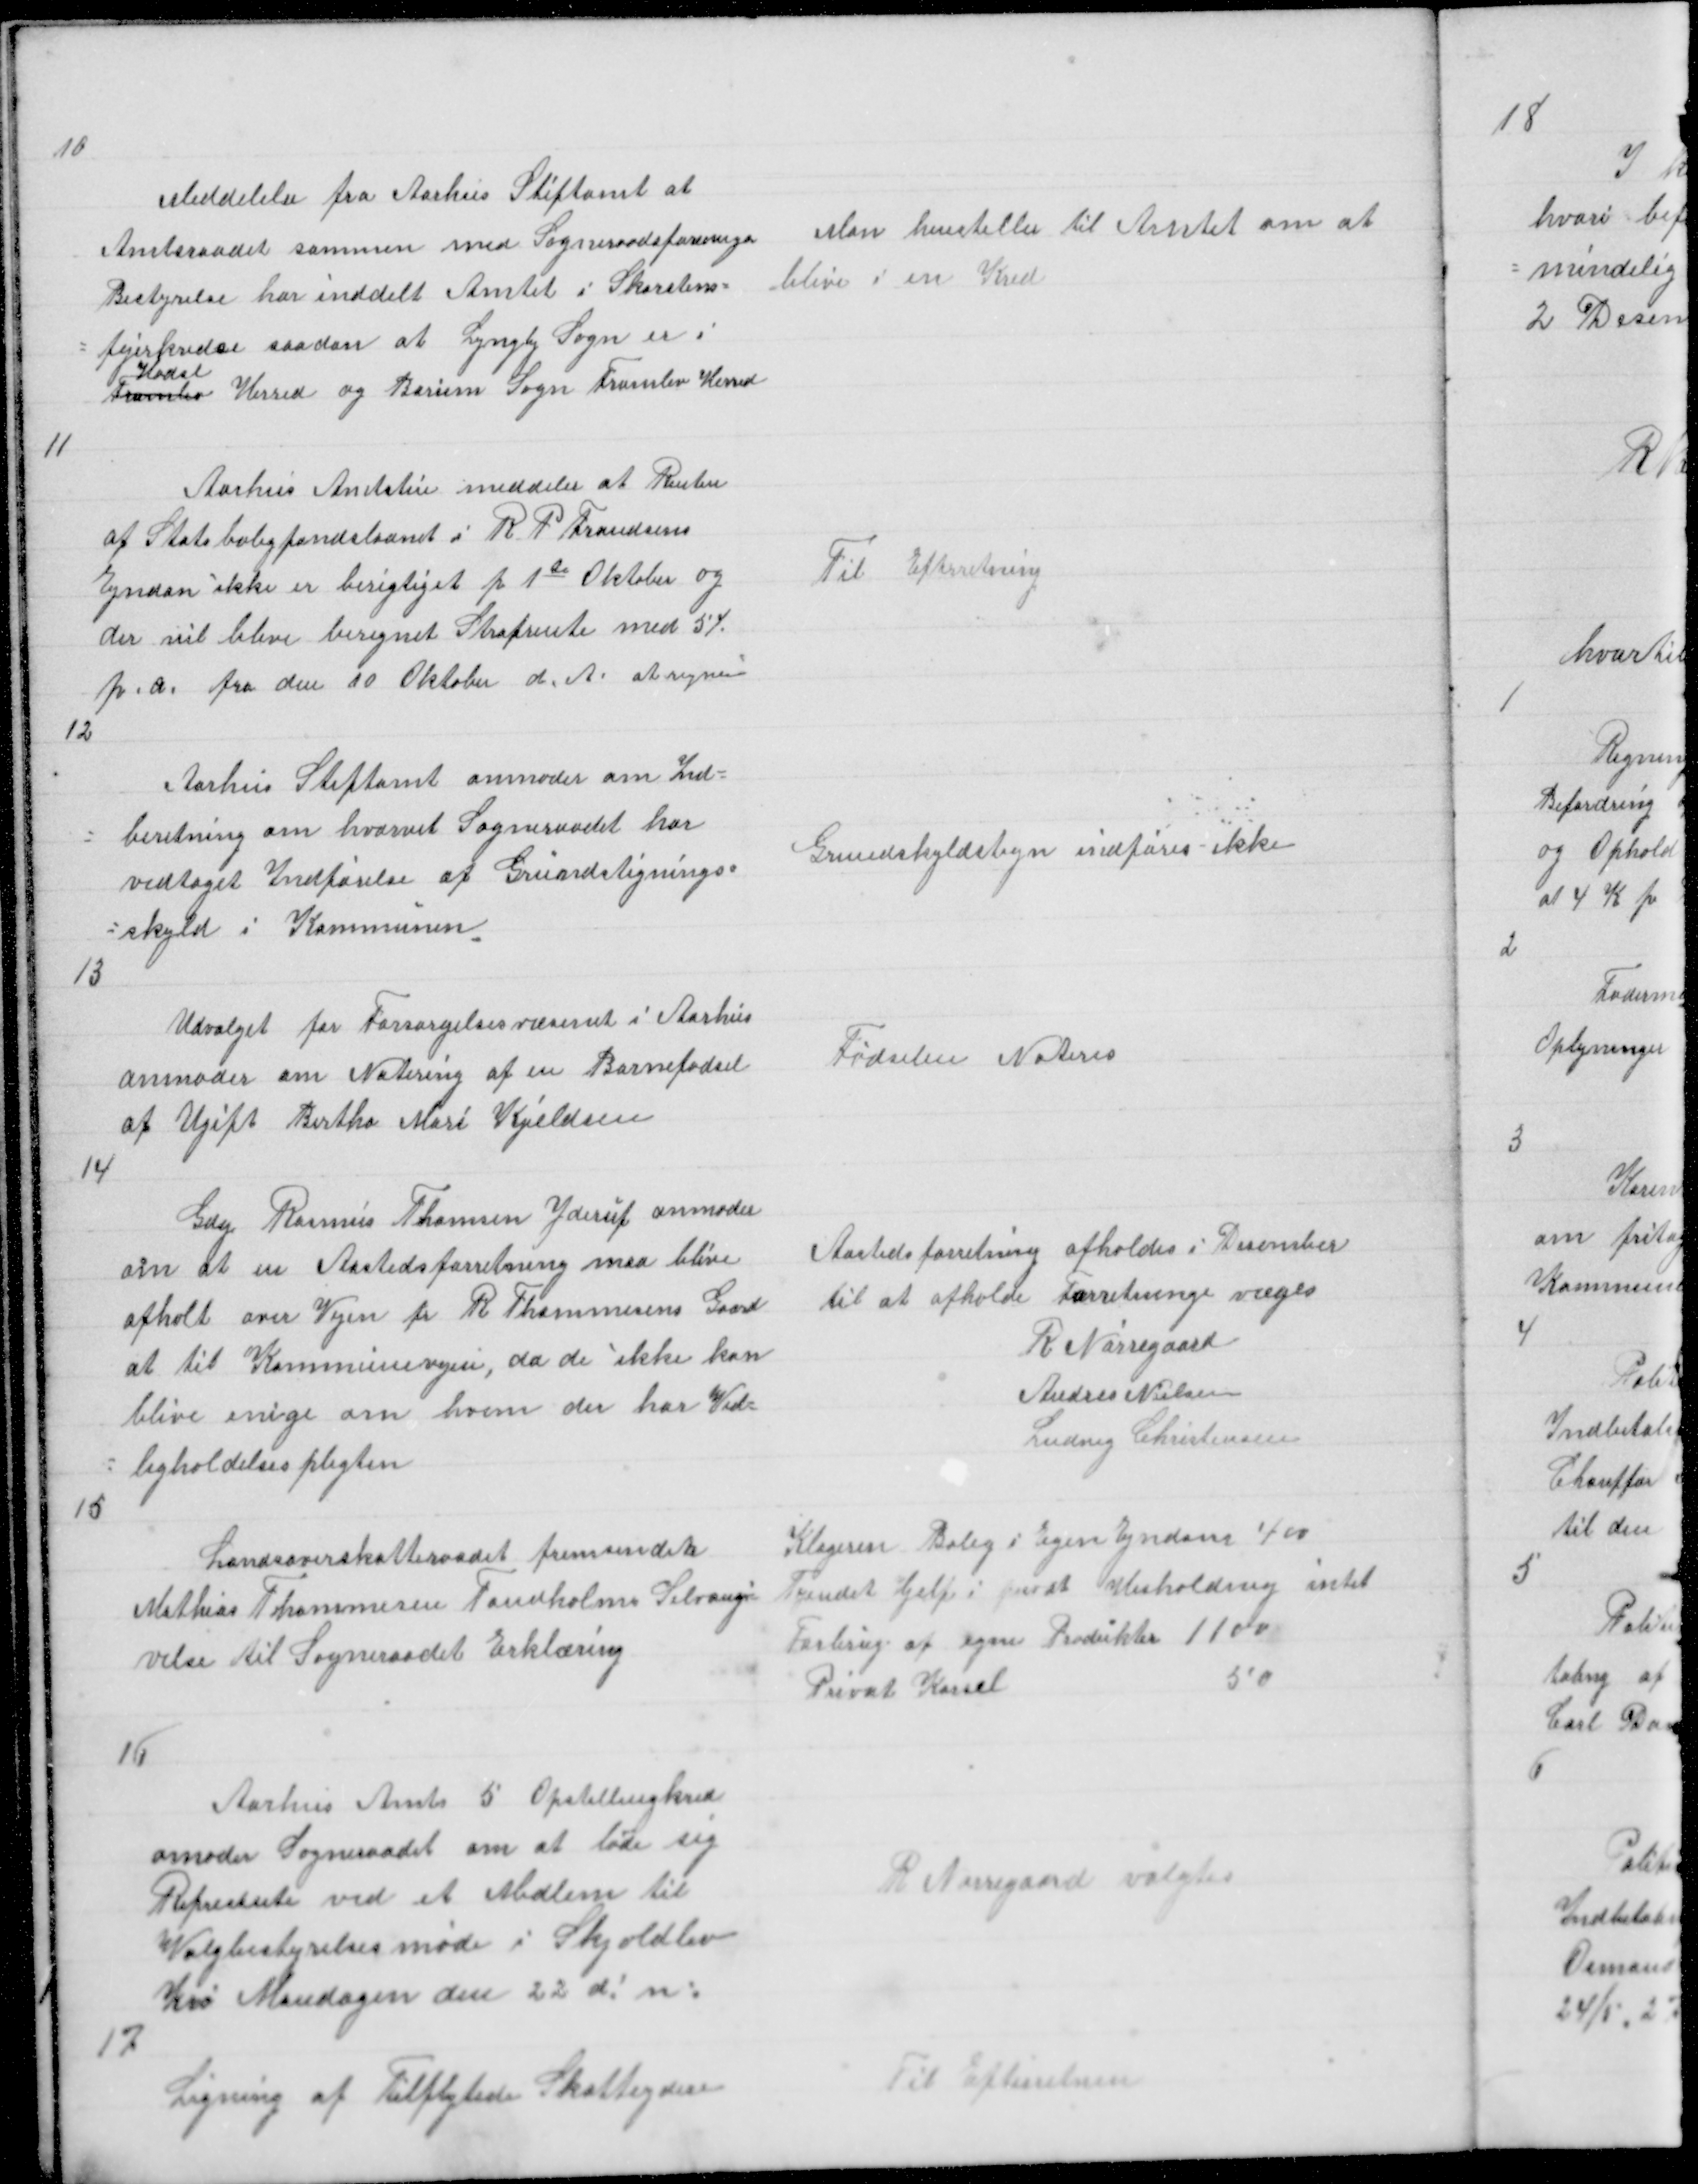
Transskription:
10

Medelelse fra Aarhus Stiftamt at
Amtsraadet sammen med Sogneraadsforeningens
Bestyrelse har inddelt Amtet i Skorstens =
= fejerkredse saadan at Lyngby er i
Hadsl
Framlev Herred og Borum Sogn Framlev Herred

Man henstiller til Amtet om at
blive i en Kred

11

Aarhus Amtstue meddeler at Renten
af Statsboligfondslaanet i R P Frandsens
Ejndon ikke er berigtiget fr 1te Oktober og
der vil blive beregnet Strafrente med 5%
fr.a. fra den 10 Oktober d. A. at regne

Til Efterretning

12

Aarhus Stiftamt anmoder om Ind =
= beretning om hvorvit Sogneraadet har
vedtaget Indførelse af Grundstignings =
= skyld i Kommunen
13

Grundskyldsstign indføres ikke

Udvalget for Forsørgelsesvæsenet i Aarhus
anmoder om Notering af en Barnefødsel
af Ugift Bertha Mari Kjeldsen
14

Fødselen Noteres

Gdej Rasmus Thomsen Yderup anmoder
om at en Aastedsforretning maa blive
afholt over Vejen fr R Thommesens Gaard
at til Kommunevejen, da de ikke kan
blive enige om hvem der har Ved =
= ligholdelsespligten
15

Aastedsforretning afholdes i Desember
til at afholde Forretninge væges
R Nørregaard
Andres Nielsen
Ludvig Christensen

Landsoverskatteraadet fremsender
Mathias Thommesen Tandholms Selvangi
velse til Sogneraadet Erklæring

Klageren Bolig i Egen Ejndom 400
Tyendet Hjelp i privat Husholdning intet
Forbrug af egne Produktet 1100
Privat Kørsel
50

16

Aarhus Amts 5 Opstillingkred
amoder Sogneraadet om at lade sig
Represente ved et Medlem til
Valgbestyrelsesmøde i Skjoldlev
Kro Mandagen den 22 d! m:

R Nørregaard valgtes

17

Ligning af Tilflytede Skatteydere

Til Efterretning